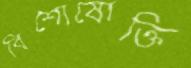
বিশোষোক্তি